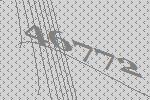
46772